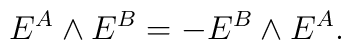
E^A \wedge E^B = - E^B \wedge E^A.